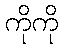
ကိုကို